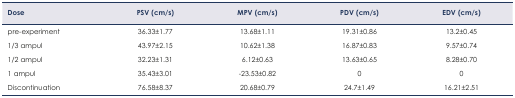
| Dose | PSV (cm/s) | MPV (cm/s) | PDV (cm/s) | EDV (cm/s) |
 | --- | --- | --- | --- | --- |
 | pre-experiment | 36.33±1.77 | 13.68±1.11 | 19.31±0.86 | 13.2±0.45 |
 | 1/3 ampul | 43.97±2.15 | 10.62±1.38 | 16.87±0.83 | 9.57±0.74 |
 | 1/2 ampul | 32.23±1.31 | 6.12±0.63 | 13.63±0.65 | 8.28±0.70 |
 | 1 ampul | 35.43±3.01 | −23.53±0.82 | 0 | 0 |
 | Discontinuation | 76.58±8.37 | 20.68±0.79 | 24.7±1.49 | 16.21±2.51 |